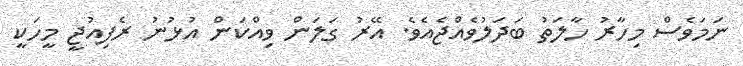
ނަމަވެސް މިހާރު ހާލަތު ބަދަލުވެއްޖެއެވެ. އޭރު ގަލަން ވިއްކަން އުޅުނު ރެފިއުޖީ މީހަކީ